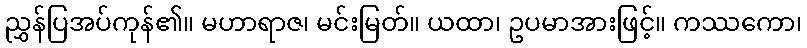
ညွှန်ပြအပ်ကုန်၏။ မဟာရာဇ၊ မင်းမြတ်။ ယထာ၊ ဥပမာအားဖြင့်။ ကဿကော၊